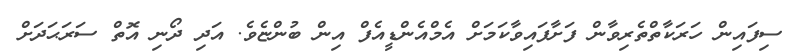
ސިފައިން ހަރަކާތްތެރިވާން ފަށާފައިވާކަމަށް އެމްއެންޑީއެފް އިން ބުންޏެވެ. އަދި ދޯނި އޮތް ސަރަޙަދަށް